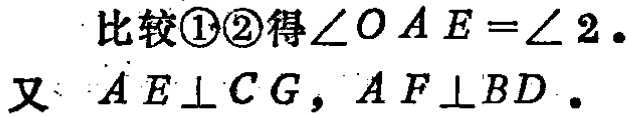
比较\textcircled{1}\textcircled{2}得\(\angle OAE = \angle 2\).

又 \(AE\perp CG\)，\(AF\perp BD\).